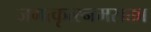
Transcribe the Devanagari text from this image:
जगत्कृत्स्नमसक्ता